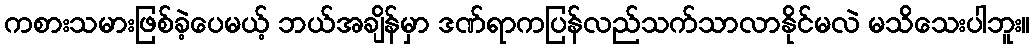
ကစားသမားဖြစ်ခဲ့ပေမယ့် ဘယ်အချိန်မှာ ဒဏ်ရာကပြန်လည်သက်သာလာနိုင်မလဲ မသိသေးပါဘူး။